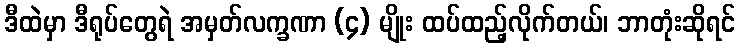
ဒီထဲမှာ ဒီရုပ်တွေရဲ အမှတ်လက္ခဏာ (၄) မျိုး ထပ်ထည့်လိုက်တယ်၊ ဘာတုံးဆိုရင်